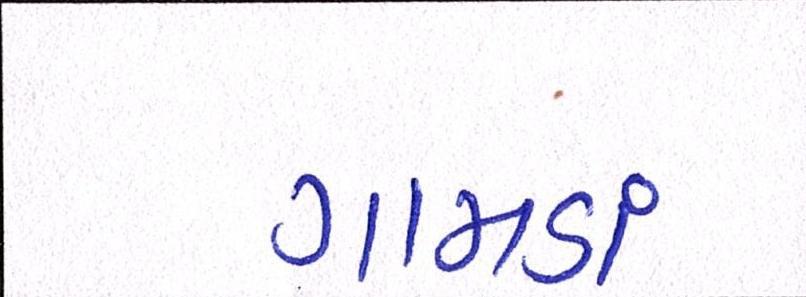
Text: ગામડાં